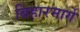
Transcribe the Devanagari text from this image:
बिहारमार्गे